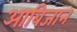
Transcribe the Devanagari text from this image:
आबिजान